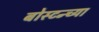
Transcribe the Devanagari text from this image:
बोस्टन्च्या